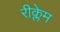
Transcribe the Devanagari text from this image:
रीक्लेम